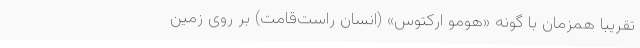
تقریبا همزمان با گونه «هومو ارکتوس» (انسان راست‌قامت) بر روی زمین